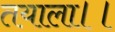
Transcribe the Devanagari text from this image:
तयाला।।